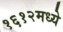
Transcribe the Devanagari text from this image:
१६१२मध्ये